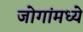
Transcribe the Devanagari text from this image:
जोगांमध्ये